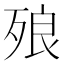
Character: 㱢